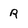
Character: R